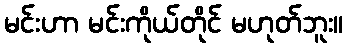
မင်းဟာ မင်းကိုယ်တိုင် မဟုတ်ဘူး။